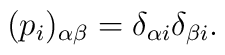
(p_{i})_{\alpha \beta} = \delta_{\alpha i} \delta_{\beta i}.